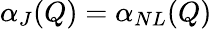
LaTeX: \alpha_{J}(Q)=\alpha_{NL}(Q)